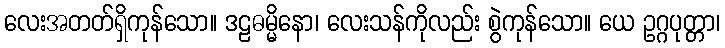
လေးအတတ်ရှိကုန်သော။ ဒဠဓမ္မိနော၊ လေးသန်ကိုလည်း စွဲကုန်သော။ ယေ ဥဂ္ဂပုတ္တာ၊